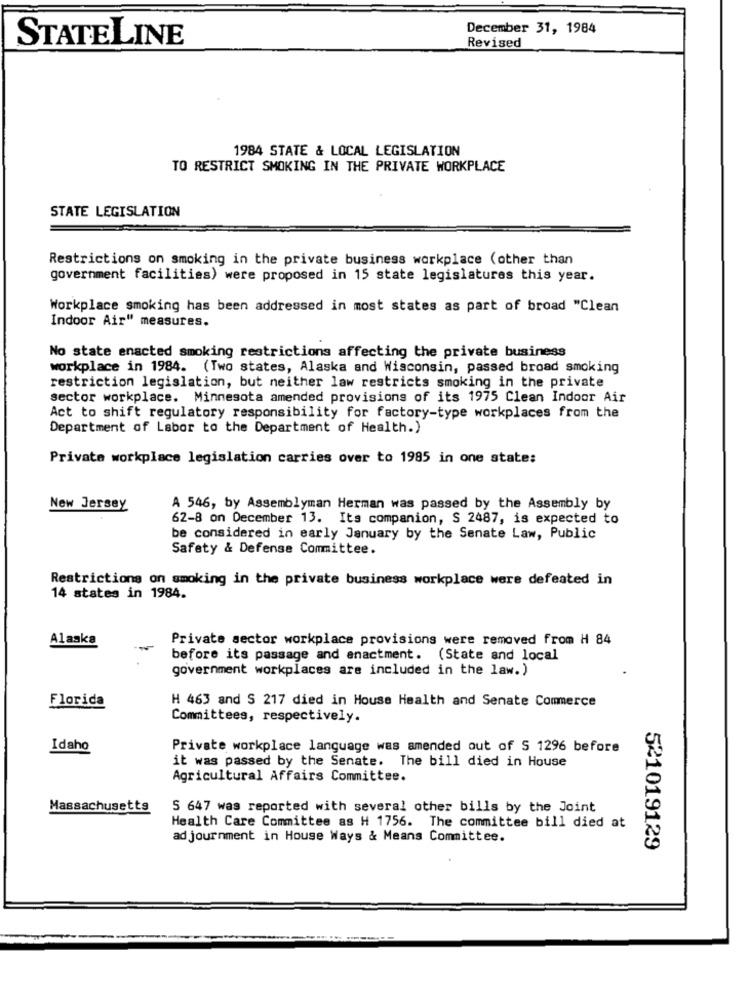
December 31, 1984
STATELINE
Revised
1984 STATE & LOCAL LEGISLATION
TO RESTRICT SMOKING IN THE PRIVATE WORKPLACE
STATE LEGISLATION
Restrictions on smoking in the private business workplace (other than
government facilities) were proposed in 15 state legislatures this year.
Workplace smoking has been addressed in most states as part of broad "Clean
Indoor Air" measures.
No state enacted smoking restrictions affecting the private business
workplace in 1984. (Two states, Alaska and Wisconsin, passed broad smoking
restriction legislation, but neither law restricts smoking in the private
sector workplace. Minnesota amended provisions of its 1975 Clean Indoor Air
Act to shift regulatory responsibility for factory-type workplaces from the
Department of Labor to the Department of Health.)
Private workplace legislation carries over to 1985 in one state:
New Jersey
A 546, by Assemblyman Herman was passed by the Assembly by
62-8 on December 13. Its companion, S 2487, is expected to
be considered in early January by the Senate Law, Public
Safety & Defense Committee.
Restrictions on smoking in the private business workplace were defeated in
14 states in 1984.
Private sector workplace provisions were removed from H 84
Alaska
before its passage and anactment. (State and local
government workplaces are included in the law.)
Florida
H 463 and S 217 died in House Health and Senate Commerce
Committees, respectively.
Idaho
Private workplace language was amended out of S 1296 before
it was passed by the Senate. The bill died in House
Agricultural Affairs Committee.
Massachusetts
S 647 was reported with several other bills by the Joint
Health Care Committee as H 1756. The committee bill died at
ad journment in House Ways & Means Committee.
521019129